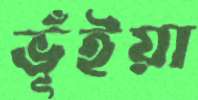
ভূঁইয়া